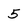
Character: 5